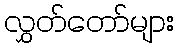
လွှတ်တော်များ